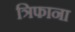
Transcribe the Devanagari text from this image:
त्रिफाना